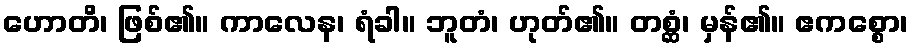
ဟောတိ၊ ဖြစ်၏။ ကာလေန၊ ရံခါ။ ဘူတံ၊ ဟုတ်၏။ တစ္ဆံ၊ မှန်၏။ ဧကစ္စော၊